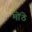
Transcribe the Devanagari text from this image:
मोंठे